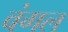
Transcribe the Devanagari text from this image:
वंगल